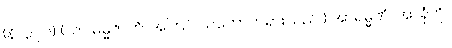
(နိ၊ ၃၇၆) (ယာ ဓမ္မဇာတိ၊ အကြင် သဘောတရားသည်။) အာရမ္မဏံ၊ အာရုံကို။